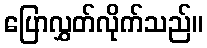
ပြောလွှတ်လိုက်သည်။